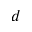
d